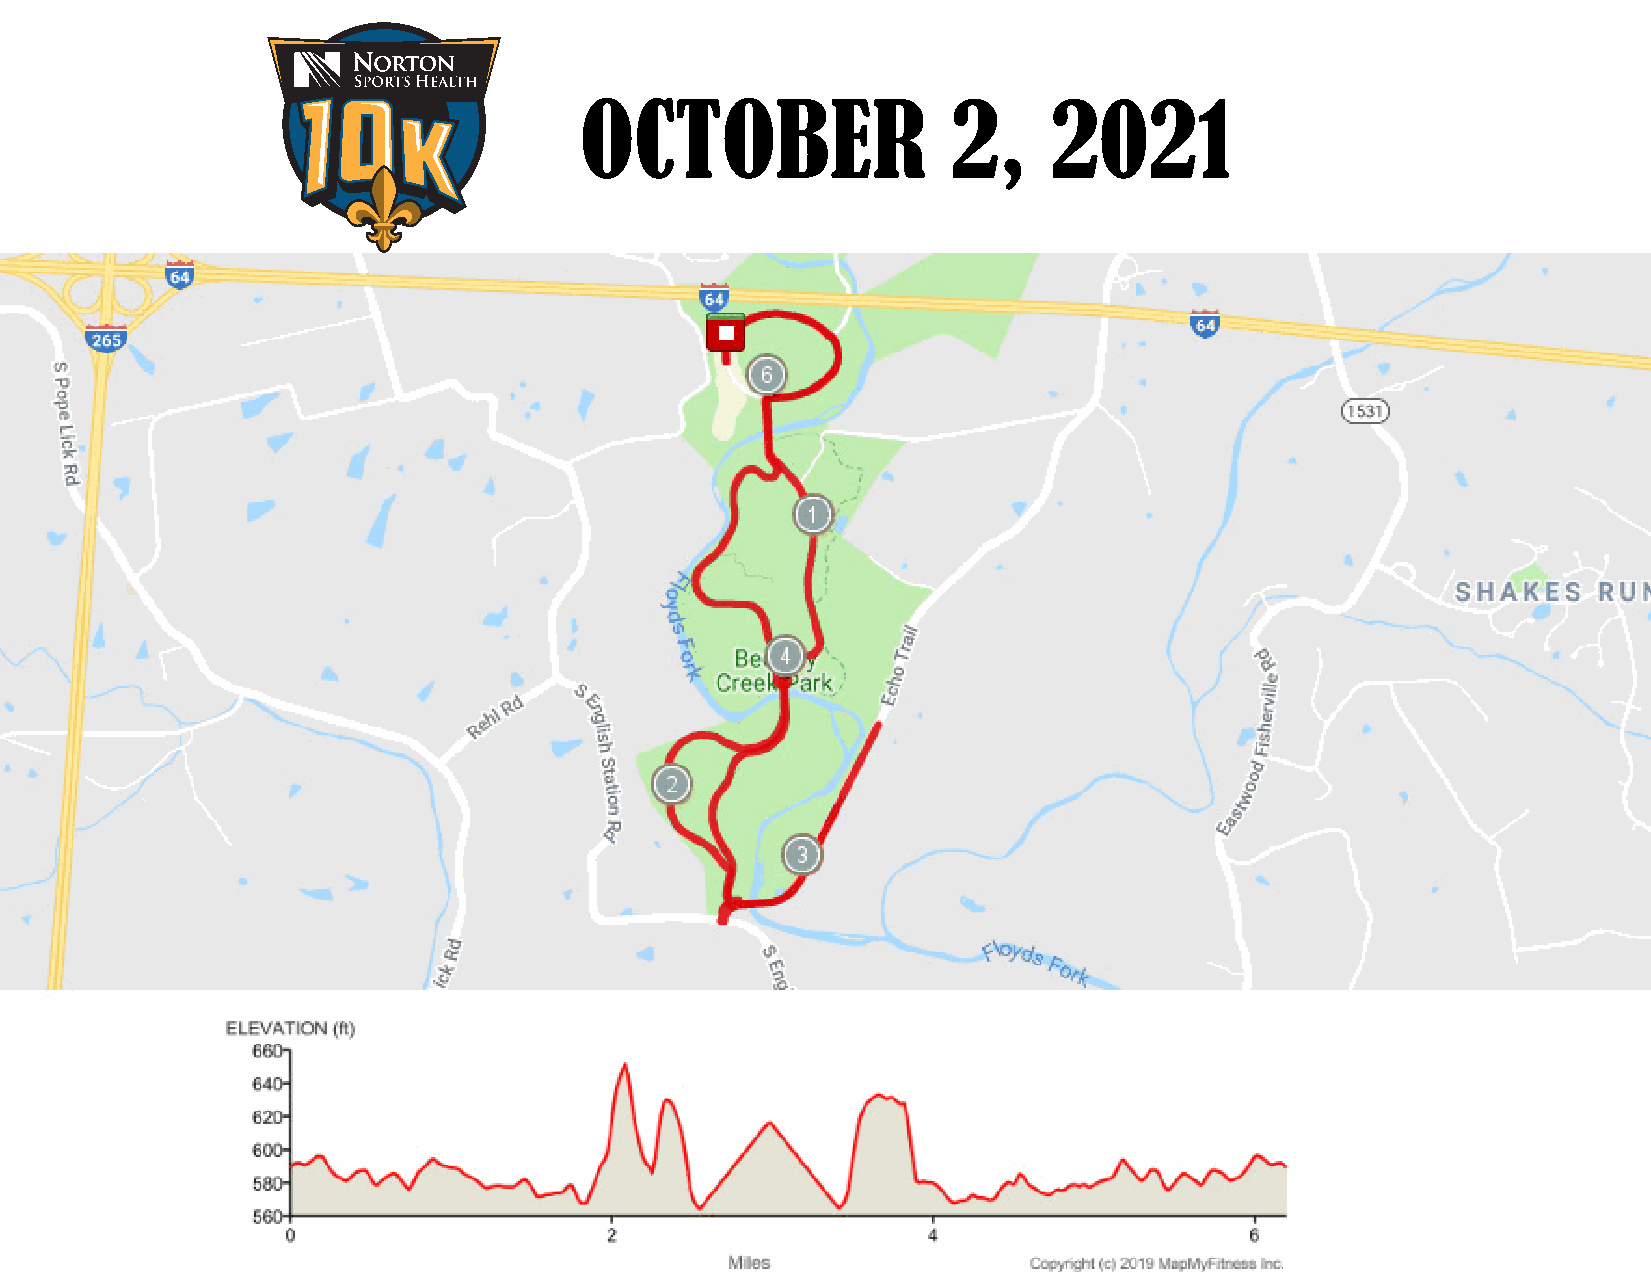
OCTOBER                  2,    2021